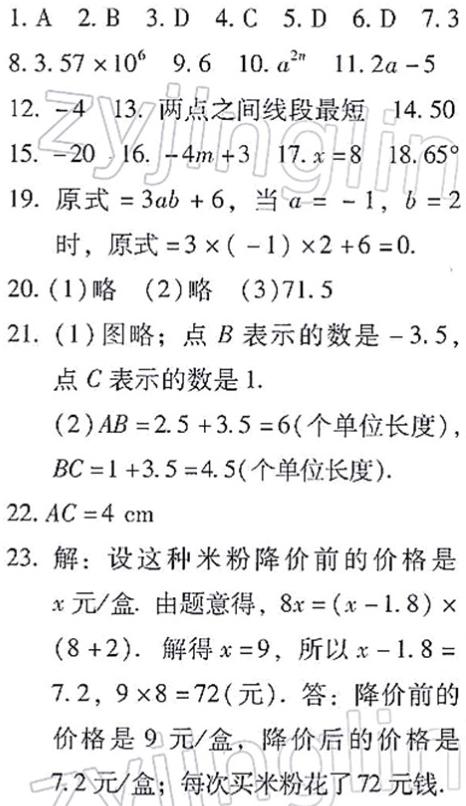
1. A 2. B 3. D 4. C 5. D 6. D 7. 3
8. $3.57\times10^{6}$ 9. 6 10. $a^{2n}$ 11. $2a - 5$
12. -4 13. 两点之间线段最短 14. 50
15. -20 16. $-4m + 3$ 17. $x = 8$ 18. $65^{\circ}$
19. 原式$ = 3ab + 6$，当$a = -1$，$b = 2$
时，原式$ = 3\times(-1)\times2 + 6 = 0$.
20. (1)略 (2)略 (3)71.5
21. (1)图略；点$B$表示的数是$-3.5$，
点$C$表示的数是 1.
(2)$AB = 2.5 + 3.5 = 6$(个单位长度)，
$BC = 1 + 3.5 = 4.5$(个单位长度).
22. $AC = 4\ cm$
23. 解：设这种米粉降价前的价格是
$x$元/盒. 由题意得，$8x=(x - 1.8)\times$
$(8 + 2)$. 解得$x = 9$，所以$x - 1.8 =$
7.2，$9\times8 = 72$(元). 答：降价前的
价格是 9 元/盒，降价后的价格是
7.2 元/盒；每次买米粉花了 72 元钱.